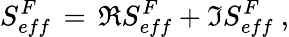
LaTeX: S_{eff}^{F}\, =\, \Re S_{eff}^{F}+\Im S_{eff}^{F}\ ,